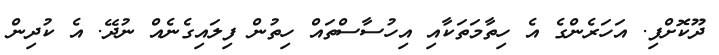
ދޫކޮށްފި. އަހަރެންގެ އެ ހިތާމަތަކާއި އިހުސާސްތައް ހިތުން ފިލައިގެނެއް ނުދޭ. އެ ކުދިން